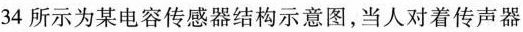
34所示为某电容传感器结构示意图，当人对着传声器